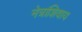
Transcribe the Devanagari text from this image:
नेत्रांशिवाय